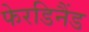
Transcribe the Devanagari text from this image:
फेरडिनैंड